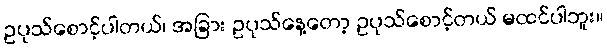
ဥပုသ်စောင့်ပါတယ်၊ အခြား ဥပုသ်နေ့တော့ ဥပုသ်စောင့်တယ် မထင်ပါဘူး။